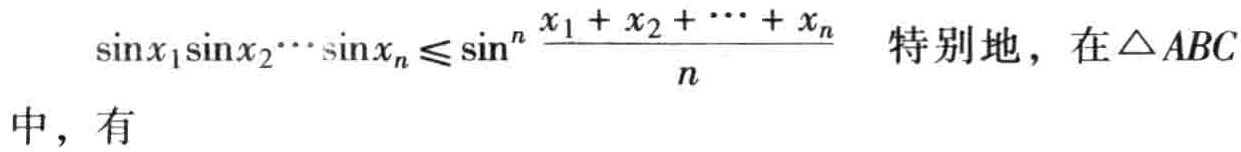
\(\sin x_1\sin x_2\cdots\sin x_n\leqslant\sin^n\frac{x_1 + x_2+\cdots + x_n}{n}\) 特别地，在\(\triangle ABC\)中，有